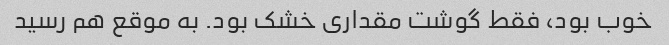
خوب بود، فقط گوشت مقداری خشک بود. به موقع هم رسید